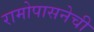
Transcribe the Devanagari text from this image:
रामोपासनेची